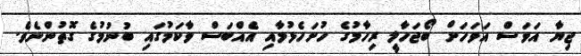
ޖިޔާ އަވަސް އަވަހަށް ބޯޖަހާލީ ރިހާމުގެ ހުށަހެޅުމާއި އެއްބަސް ވާކަމުގައި ބުނުމުގެ ގޮތުންނެވެ.